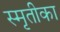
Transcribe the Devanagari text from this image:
स्मृतीका